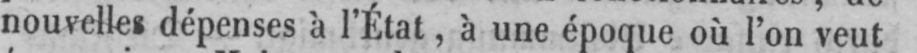
nouvelles dépenses à l’État, à une époque où l’on veut